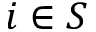
i \in S